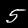
Digit: 5